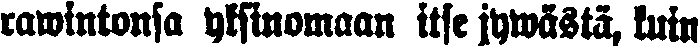
rawintonsa yksinomaan itse jywästä, kuin